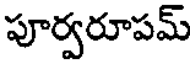
పూర్వరూపమ్